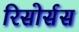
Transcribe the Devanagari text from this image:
रिसोर्सस